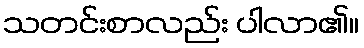
သတင်းစာလည်း ပါလာ၏။